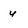
Character: y